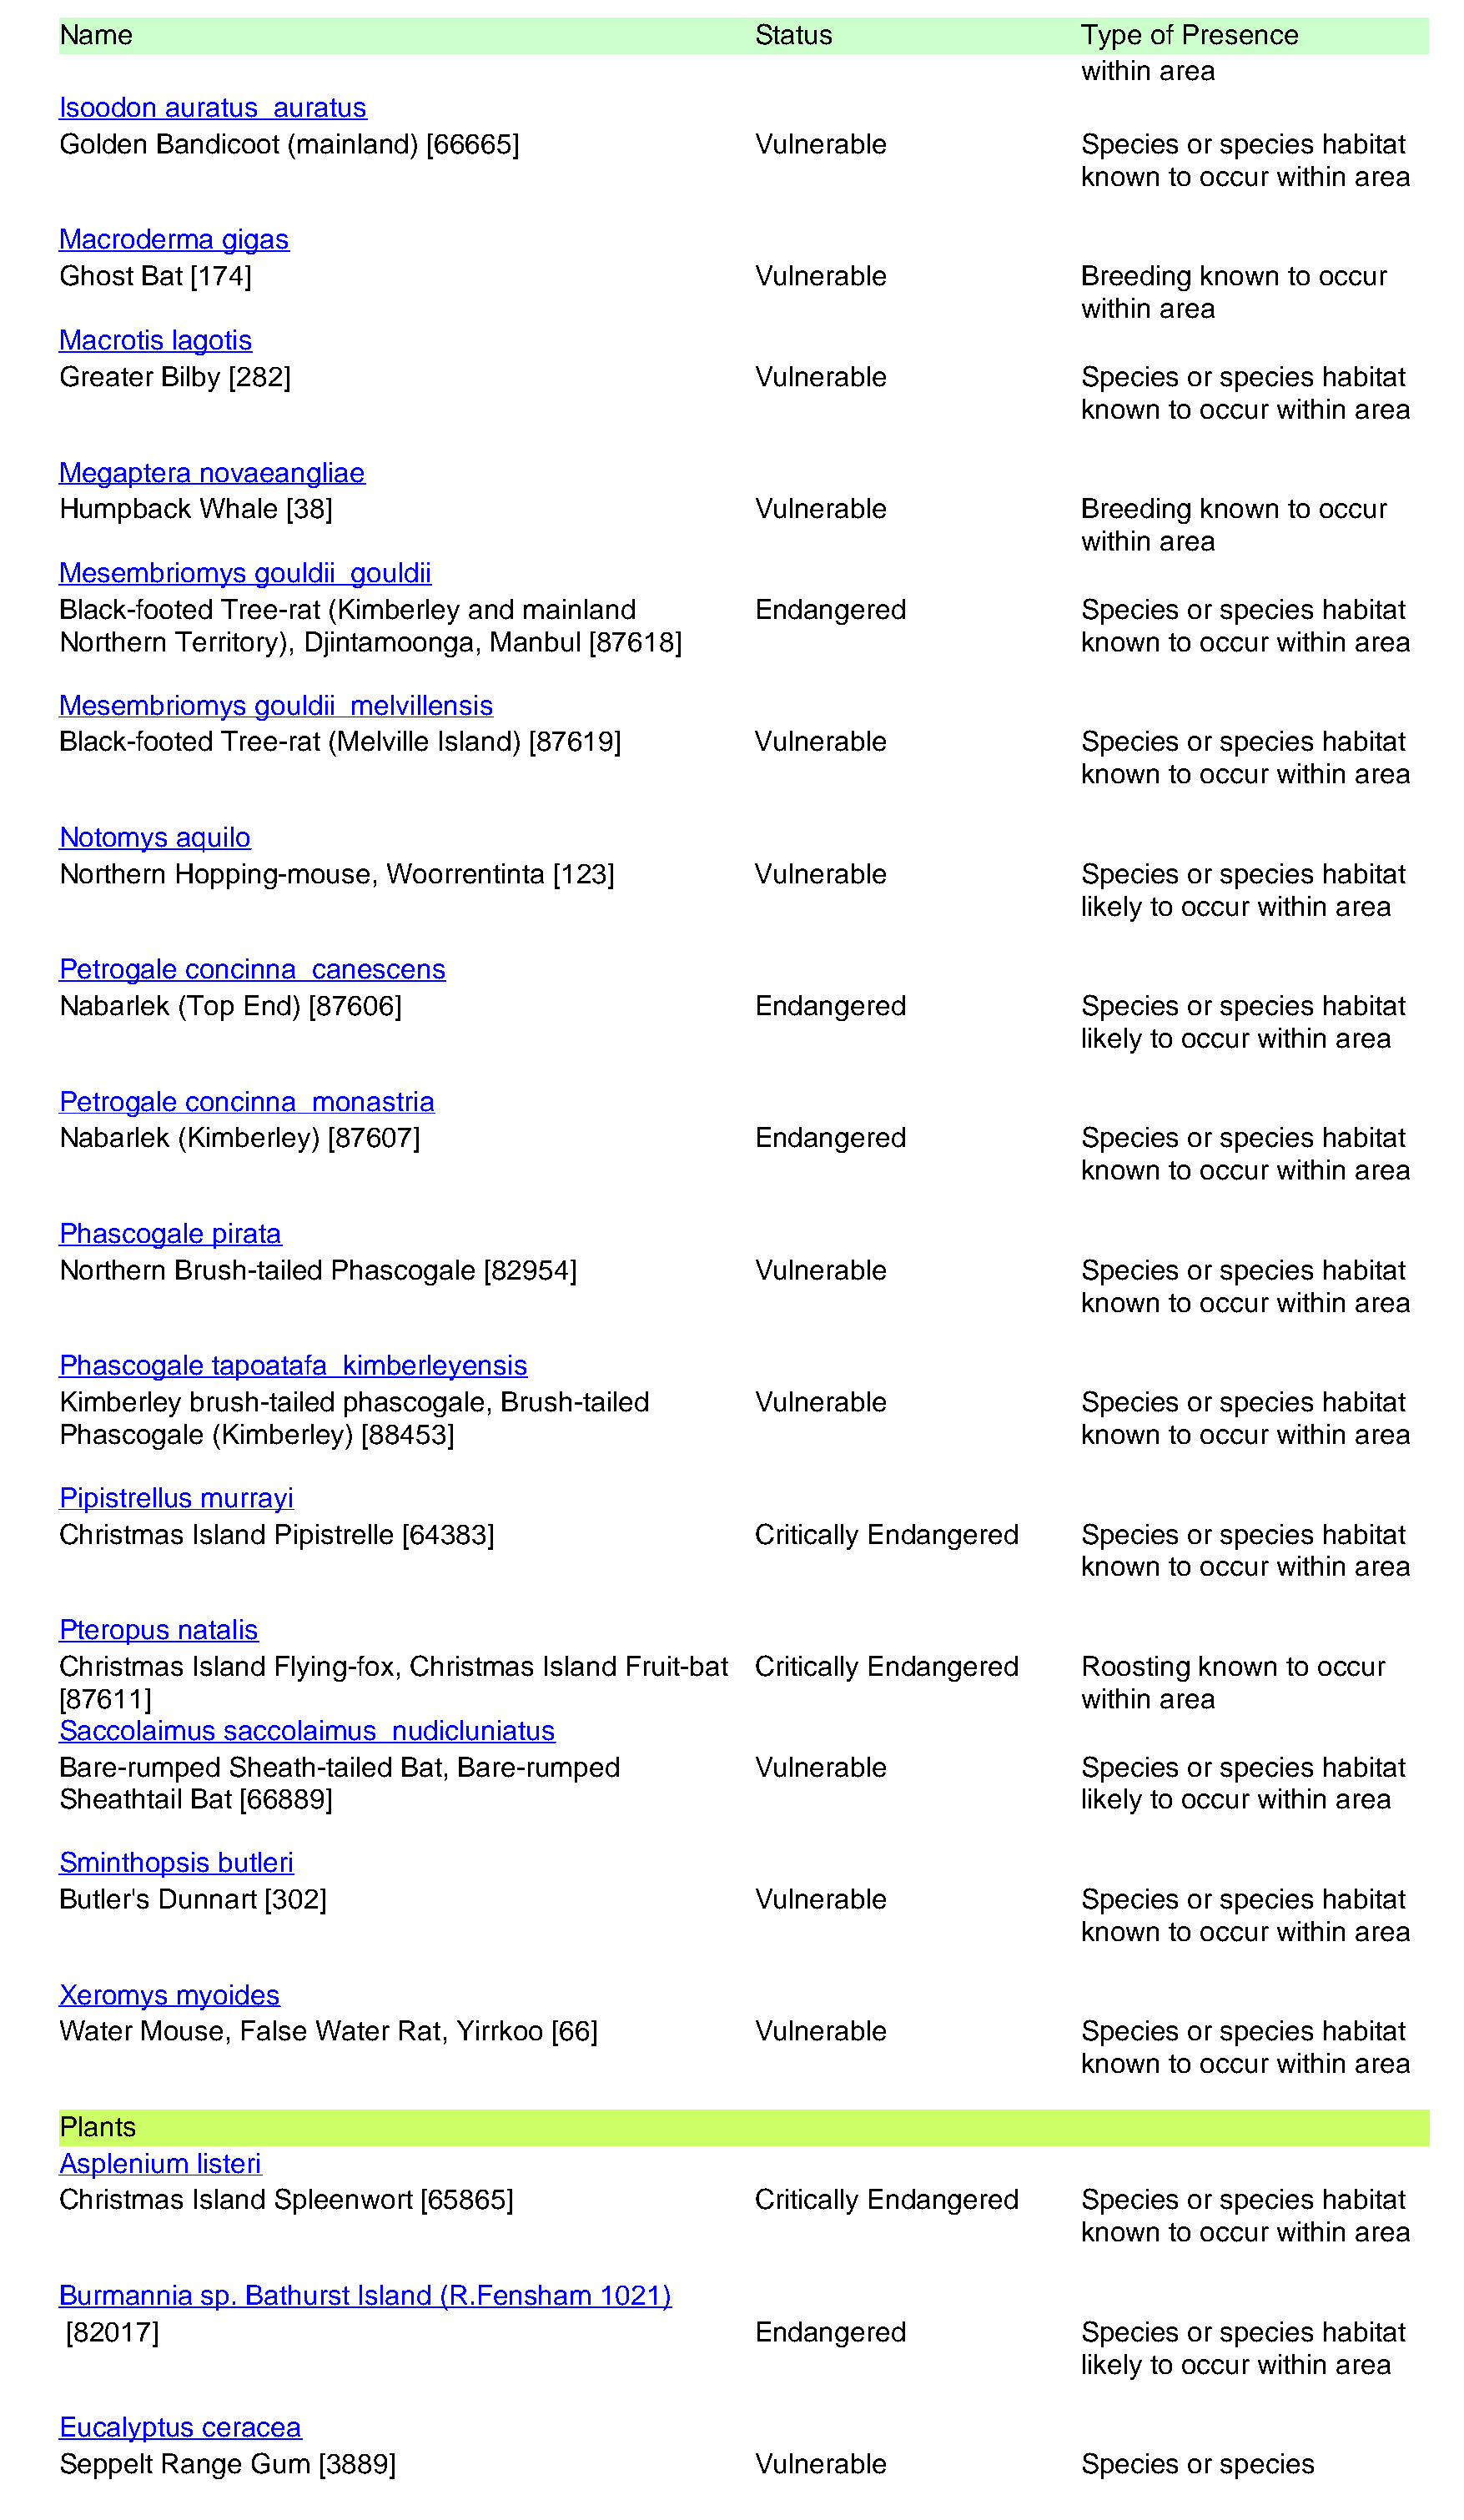
Name                                                   Status                    Type of Presence
 within area
 Isoodon auratus  auratus
 Golden Bandicoot  (mainland) [66665]                   Vulnerable                Species or species habitat
 known  to occur within area
 Macroderma   gigas
 Ghost Bat [174]                                        Vulnerable                Breeding known  to occur
 within area
 Macrotis lagotis
 Greater Bilby [282]                                    Vulnerable                Species or species habitat
 known  to occur within area
 Megaptera  novaeangliae
 Humpback   Whale  [38]                                 Vulnerable                Breeding known  to occur
 within area
 Mesembriomys   gouldii gouldii
 Black-footed Tree-rat (Kimberley and mainland          Endangered                Species or species habitat
 Northern Territory), Djintamoonga, Manbul [87618]                                known  to occur within area
 Mesembriomys   gouldii melvillensis
 Black-footed Tree-rat (Melville Island) [87619]        Vulnerable                Species or species habitat
 known  to occur within area
 Notomys  aquilo
 Northern Hopping-mouse,   Woorrentinta [123]           Vulnerable                Species or species habitat
 likely to occur within area
 Petrogale concinna  canescens
 Nabarlek (Top End)  [87606]                            Endangered                Species or species habitat
 likely to occur within area
 Petrogale concinna  monastria
 Nabarlek (Kimberley) [87607]                           Endangered                Species or species habitat
 known  to occur within area
 Phascogale  pirata
 Northern Brush-tailed Phascogale [82954]               Vulnerable                Species or species habitat
 known  to occur within area
 Phascogale  tapoatafa kimberleyensis
 Kimberley brush-tailed phascogale, Brush-tailed        Vulnerable                Species or species habitat
 Phascogale  (Kimberley) [88453]                                                  known  to occur within area
 Pipistrellus murrayi
 Christmas Island Pipistrelle [64383]                   Critically Endangered     Species or species habitat
 known  to occur within area
 Pteropus natalis
 Christmas Island Flying-fox, Christmas Island Fruit-bat Critically Endangered    Roosting known  to occur
 [87611]                                                                          within area
 Saccolaimus  saccolaimus  nudicluniatus
 Bare-rumped  Sheath-tailed Bat, Bare-rumped            Vulnerable                Species or species habitat
 Sheathtail Bat [66889]                                                           likely to occur within area
 Sminthopsis butleri
 Butler's Dunnart [302]                                 Vulnerable                Species or species habitat
 known  to occur within area
 Xeromys  myoides
 Water Mouse,  False Water  Rat, Yirrkoo [66]           Vulnerable                Species or species habitat
 known  to occur within area
 Plants
 Asplenium  listeri
 Christmas Island Spleenwort [65865]                    Critically Endangered     Species or species habitat
 known  to occur within area
 Burmannia  sp. Bathurst Island (R.Fensham  1021)
 [82017]                                                Endangered                Species or species habitat
 likely to occur within area
 Eucalyptus ceracea
 Seppelt Range  Gum  [3889]                             Vulnerable                Species or species